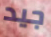
جيد